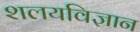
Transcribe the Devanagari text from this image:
शलयविज्ञान